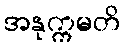
အနုက္ကမတိ